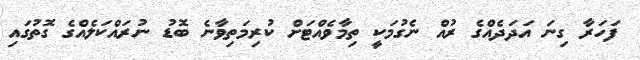
ފަހަރާ ގިނަ އަދަަދެއްގެ ރުއް ނެގުމަކީ ތިމާވެއްޓަށް ކުރިމަތިވާނެ ބޮޑު ނުރައްކަލެއްގެ ގޮތުގައި